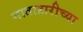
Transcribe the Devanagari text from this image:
माताहारीच्या